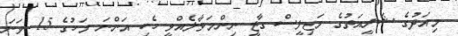
މިއަދުގެ ޝަރީއަތުގެ މަޖިލީސް ގާޒީ ނިންމަވާލެއްވީ ހެކި އަންނަ މަހުގެ 15 ވަނަ